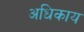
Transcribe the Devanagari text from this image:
अधिकाय